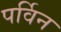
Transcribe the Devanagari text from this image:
पर्विन